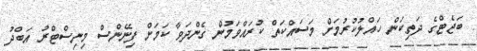
ބަޖެޓްގެ ދަތިކަން ހައްލުކުރުމަށް މަސައްކަތް ކުރައްވަމުން ގެންދަވާ ކަމަށް ފިނޭންސް މިނިސްޓްރު އަބްދު